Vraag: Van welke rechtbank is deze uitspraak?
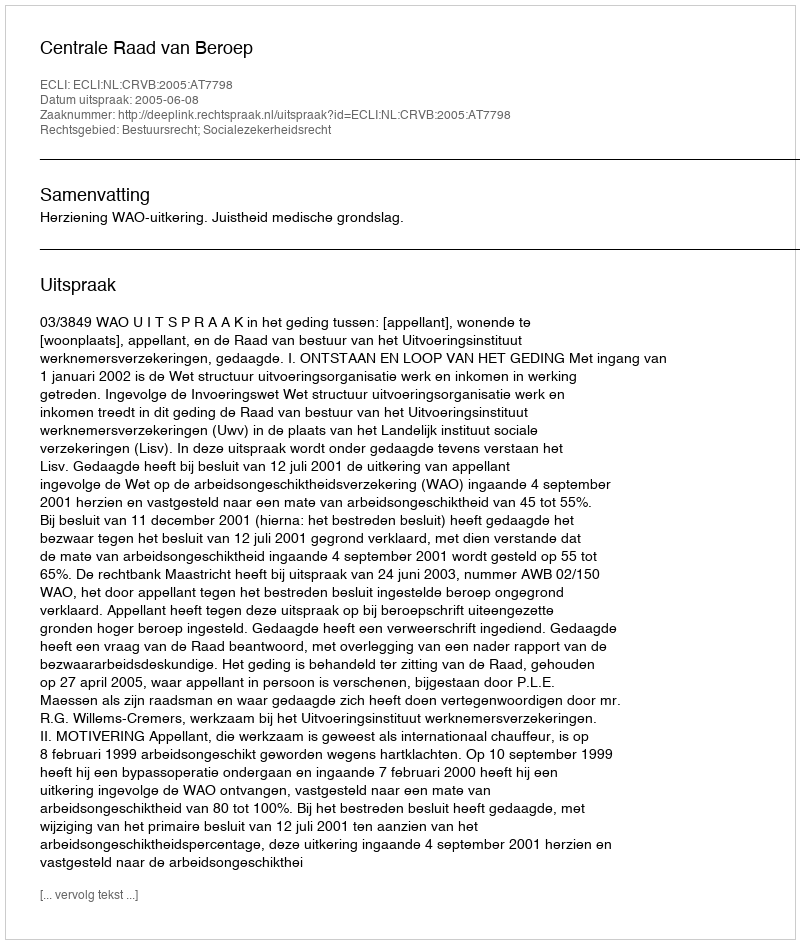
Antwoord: Centrale Raad van Beroep